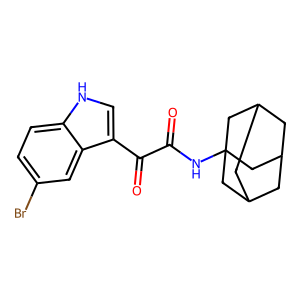
SMILES: O=C(NC12CC3CC(CC(C3)C1)C2)C(=O)c1c[nH]c2ccc(Br)cc12
Inhibits HIV replication: No